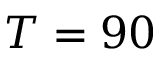
T = 9 0